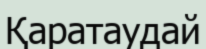
Қаратаудай